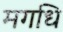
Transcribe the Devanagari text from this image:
मगधि